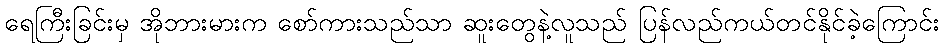
ရေကြီးခြင်းမှ အိုဘားမားက စော်ကားသည်သာ ဆူးတွေနဲ့လူသည် ပြန်လည်ကယ်တင်နိုင်ခဲ့ကြောင်း